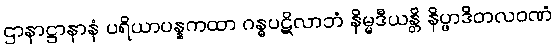
ဌာနာဋ္ဌာနာနံ ပရိယာပန္နကထာ ဂန္ဓပဋိလာဘံ နိမ္မဒီယန္တိ နိပ္ဖာဒိတလဝဏံ